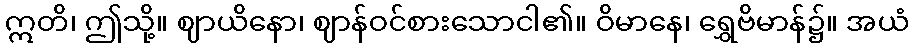
ဣတိ၊ ဤသို့။ ဈာယိနော၊ ဈာန်ဝင်စားသောငါ၏။ ဝိမာနေ၊ ရွှေဗိမာန်၌။ အယံ